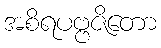
အစိရပဗ္ဗဇိတော